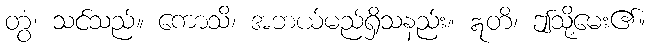
တွံ၊ သင်သည်။ ကောသိ၊ အဘယ်မည်ရှိသနည်း။ ဣတိ၊ ဤသို့မေး၏။